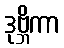
ဒုဗ္ဘိကာ